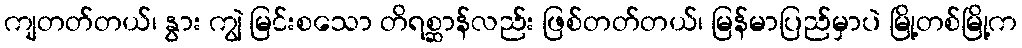
ကျတတ်တယ်၊ နွား ကျွဲ မြင်းစသော တိရစ္ဆာန်လည်း ဖြစ်တတ်တယ်၊ မြန်မာပြည်မှာပဲ မြို့တစ်မြို့က